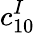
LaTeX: c_{10}^{I}